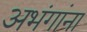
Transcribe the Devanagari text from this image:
अभंगांना